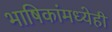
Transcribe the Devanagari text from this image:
भाषिकांमध्येही